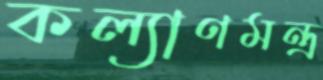
কল্যাণমন্ত্র